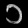
Digit: ၁